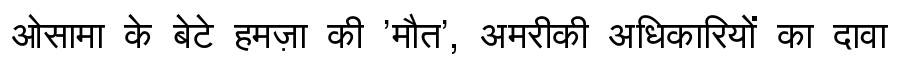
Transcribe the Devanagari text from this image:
ओसामा के बेटे हमज़ा की 'मौत', अमरीकी अधिकारियों का दावा